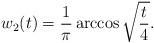
LaTeX: \begin{align*}w_2(t) = \frac1\pi \arccos \sqrt{\frac t4}.\end{align*}